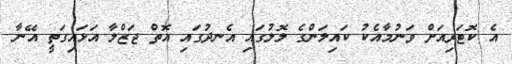
އެ ކޮޓަރިއަށް ވަނުމާއެކު ކައިލަންގެ ލޮލުގައި އެނދުގައި އޮތް ޖަޒްލާ އަޅައިގަތީ އޭނާ